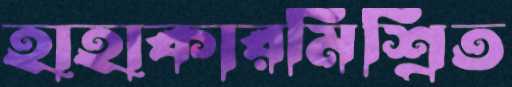
হাহাকারমিশ্রিত